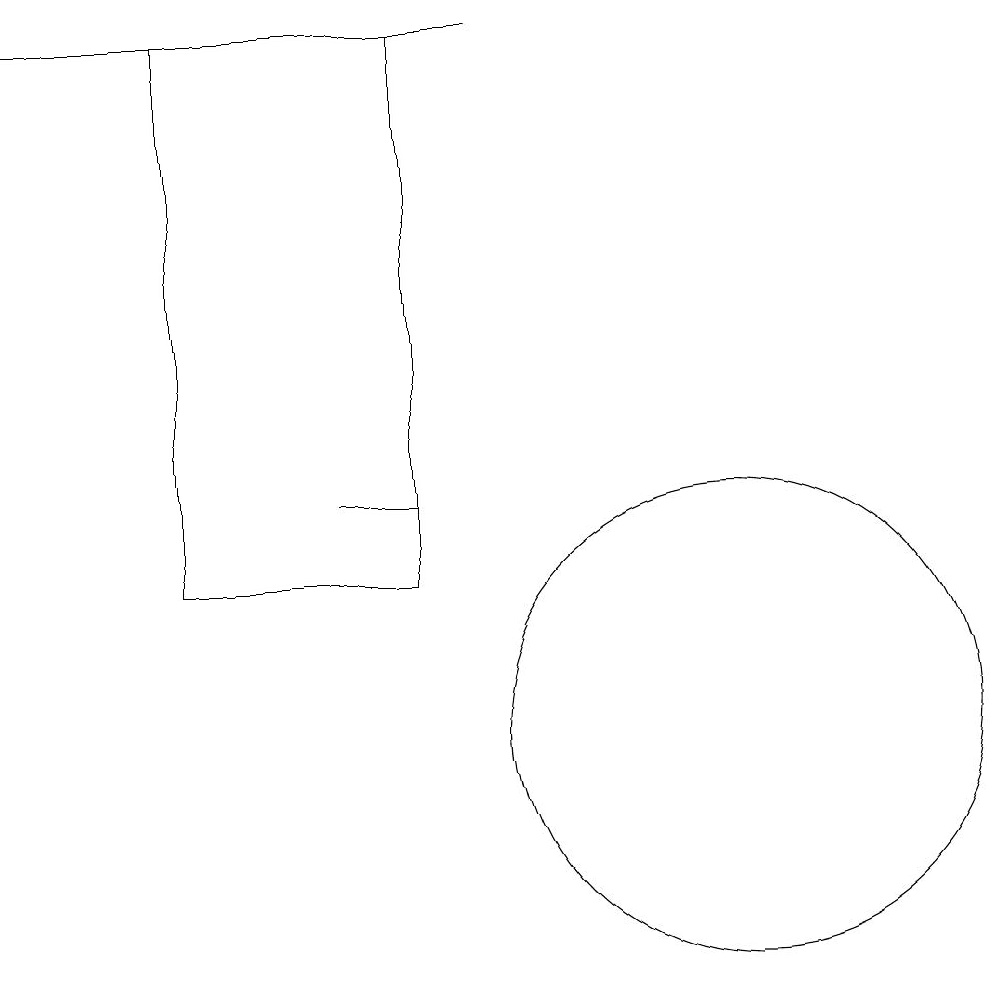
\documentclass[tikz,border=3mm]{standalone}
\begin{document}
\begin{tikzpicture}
\draw (6,13) rectangle (7,13);
\draw (4,12) rectangle (7,19);
\draw (2,19) rectangle (8,19);
\draw (11,10) circle (3);
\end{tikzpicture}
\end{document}